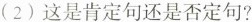
(2)这是肯定句还是否定句?